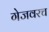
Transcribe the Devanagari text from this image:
गेजवरच